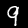
Digit: 9